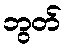
ဘွတ်